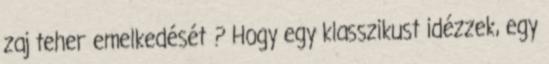
zaj teher emelkedését ? Hogy egy klasszikust idézzek, egy